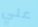
علي